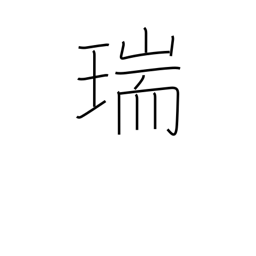
Meaning: congratulations